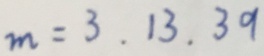
m = 3 . 1 3 . 3 9